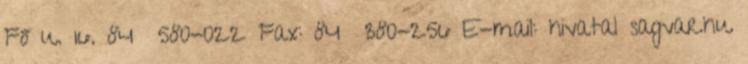
Fő u. 16. 84 580-022 Fax: 84 380-256 E-mail: hivatal sagvar.hu